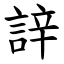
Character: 䛨